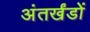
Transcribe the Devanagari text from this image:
अंतर्खंडों